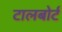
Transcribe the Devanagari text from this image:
टालबोर्ट